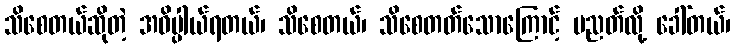
သိစေတယ်ဆိုတဲ့ အဓိပ္ပါယ်ရတယ်၊ သိစေတယ်၊ သိစေတတ်သောကြောင့် ပညတ်လို့ ခေါ်တယ်၊